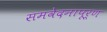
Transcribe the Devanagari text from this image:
समवेदनापूर्ण